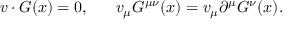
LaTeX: v \cdot G ( x ) = 0 , \ \ \ \ \ v _ { \mu } G ^ { \mu \nu } ( x ) = v _ { \mu } \partial ^ { \mu } G ^ { \nu } ( x ) .